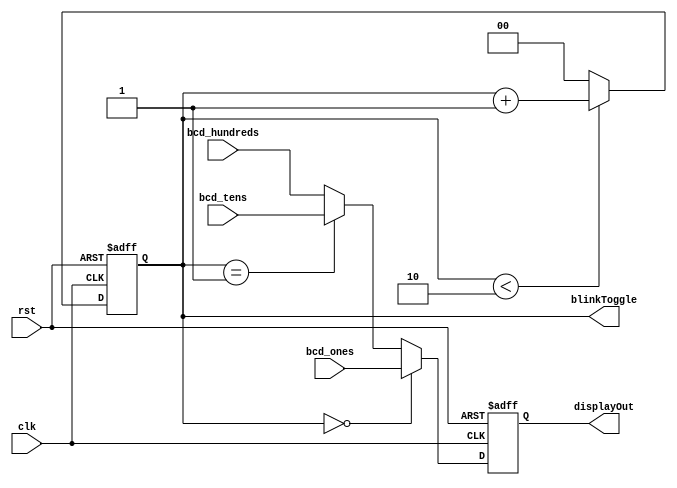
`default_nettype none
module t09_toggle_screen (
	clk,
	rst,
	bcd_ones,
	bcd_tens,
	bcd_hundreds,
	displayOut,
	blinkToggle
);
	reg _sv2v_0;
	input wire clk;
	input wire rst;
	input wire [3:0] bcd_ones;
	input wire [3:0] bcd_tens;
	input wire [3:0] bcd_hundreds;
	output reg [3:0] displayOut;
	output reg [1:0] blinkToggle;
	reg [1:0] nextBlinkToggle;
	reg [3:0] nextDisplayOut;
	always @(posedge clk or negedge rst)
		if (~rst) begin
			blinkToggle <= 2'b00;
			displayOut <= 0;
		end
		else begin
			blinkToggle <= nextBlinkToggle;
			displayOut <= nextDisplayOut;
		end
	always @(*) begin
		if (_sv2v_0)
			;
		nextBlinkToggle = 2'b00;
		nextDisplayOut = 4'b0000;
		if (blinkToggle < 2'd2)
			nextBlinkToggle = blinkToggle + 2'b01;
		else
			nextBlinkToggle = 2'b00;
		if (blinkToggle == 0)
			nextDisplayOut = bcd_ones;
		else if (blinkToggle == 1)
			nextDisplayOut = bcd_tens;
		else
			nextDisplayOut = bcd_hundreds;
	end
	initial _sv2v_0 = 0;
endmodule